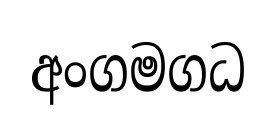
අංගමගධ